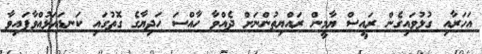
އަހަރާއި ގުޅުވައިގެން ރައީސް ޔާމީން ރައްޔިތުންނަށް ދެއްވާ ހާއްސަ ހަދިޔާގެ ގޮތުގައި ކަނޑައަޅުއްވާފައިވާ